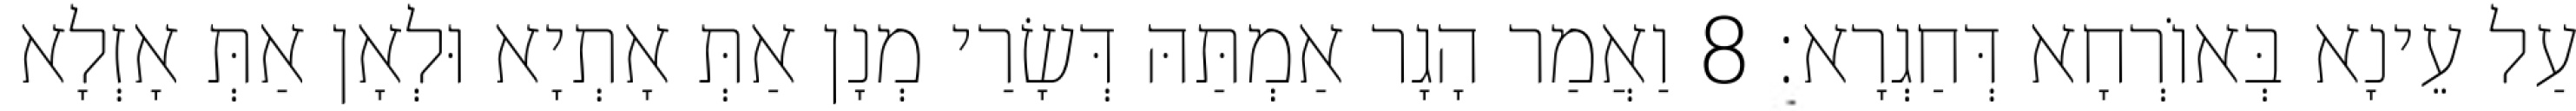
עַל עֵינָא בְּאוֹרְחָא דְּחַגְרָא׃ 8 וַאֲמַר הָגָר אַמְתַּהּ דְּשָׂרַי מְנָן אַתְּ אָתְיָא וּלְאָן אַתְּ אָזְלָא